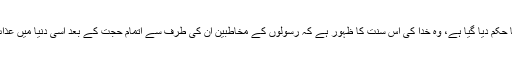
چنانچہ آگے جس قتل عام کا حکم دیا گیا ہے، وہ خدا کی اِس سنت کا ظہور ہے کہ رسولوں کے مخاطبین اُن کی طرف سے اتمام حجت کے بعد اِسی دنیا میں عذاب سے دوچار ہو جاتے ہیں۔